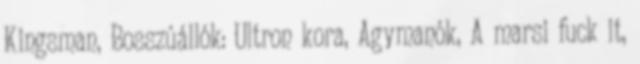
Kingsman, Bosszúállók: Ultron kora, Agymanók, A marsi fuck it,